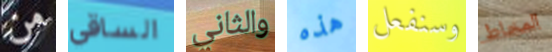
من الساقي والثاني هذه وسنفعل المخاط